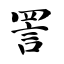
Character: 詈